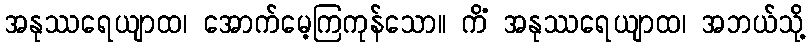
အနုဿရေယျာထ၊ အောက်မေ့ကြကုန်သော။ ကိံ အနုဿရေယျာထ၊ အဘယ်သို့